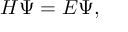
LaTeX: H \Psi = E \Psi ,